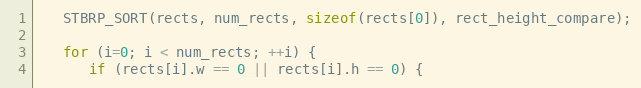
Language: C
   STBRP_SORT(rects, num_rects, sizeof(rects[0]), rect_height_compare);

   for (i=0; i < num_rects; ++i) {
      if (rects[i].w == 0 || rects[i].h == 0) {